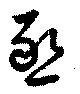
懇